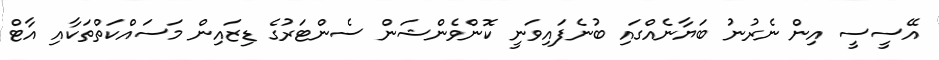
އޭސީސީ އިން ނެރުނު ބަޔާނެއްގައި ބުނެފައިވަނީ ކޮންވެންޝަން ސެންޓަރުގެ ޑިޒައިން މަސައްކަތްތަކާއި އާޓް